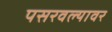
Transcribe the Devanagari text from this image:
पसरवल्यावर